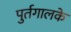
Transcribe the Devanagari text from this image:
पुर्तगालके